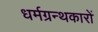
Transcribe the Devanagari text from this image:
धर्मग्रन्थकारों